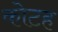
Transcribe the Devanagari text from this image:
कोटह